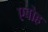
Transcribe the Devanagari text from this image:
एबोह